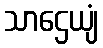
သာဌေယျံ